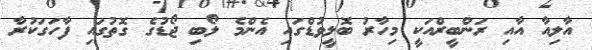
އާލިއާ އާއި ރަންބީރްއަކީ މިހާރު ބޮލީވުޑްގައި އެންމެ ލޯބި ޖޯޑުގެ ގޮތުގައި ފާހަގަކުރާ